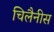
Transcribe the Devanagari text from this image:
चिलैनीस